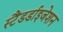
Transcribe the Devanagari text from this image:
स्टैंडर्डाइजेशन